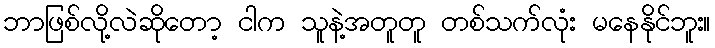
ဘာဖြစ်လို့လဲဆိုတော့ ငါက သူနဲ့အတူတူ တစ်သက်လုံး မနေနိုင်ဘူး။